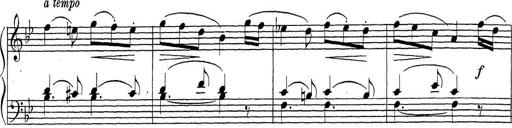
Title: ÄŒeskÃ© Sonatiny
Composer: Various